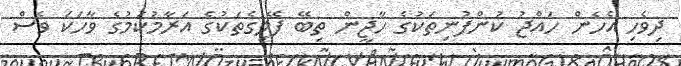
ދިވެހި އެހެން ހައްޖު ކުންފުނިތަކުގެ ހާޖީން ތިބޭ ފޭލިގެތަކުގެ އަރާމުކަމުގެ ވާހަކަ ވެސް